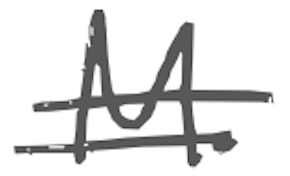
Text: M.
Cross-out: double-line
Writing tool: digital_gray